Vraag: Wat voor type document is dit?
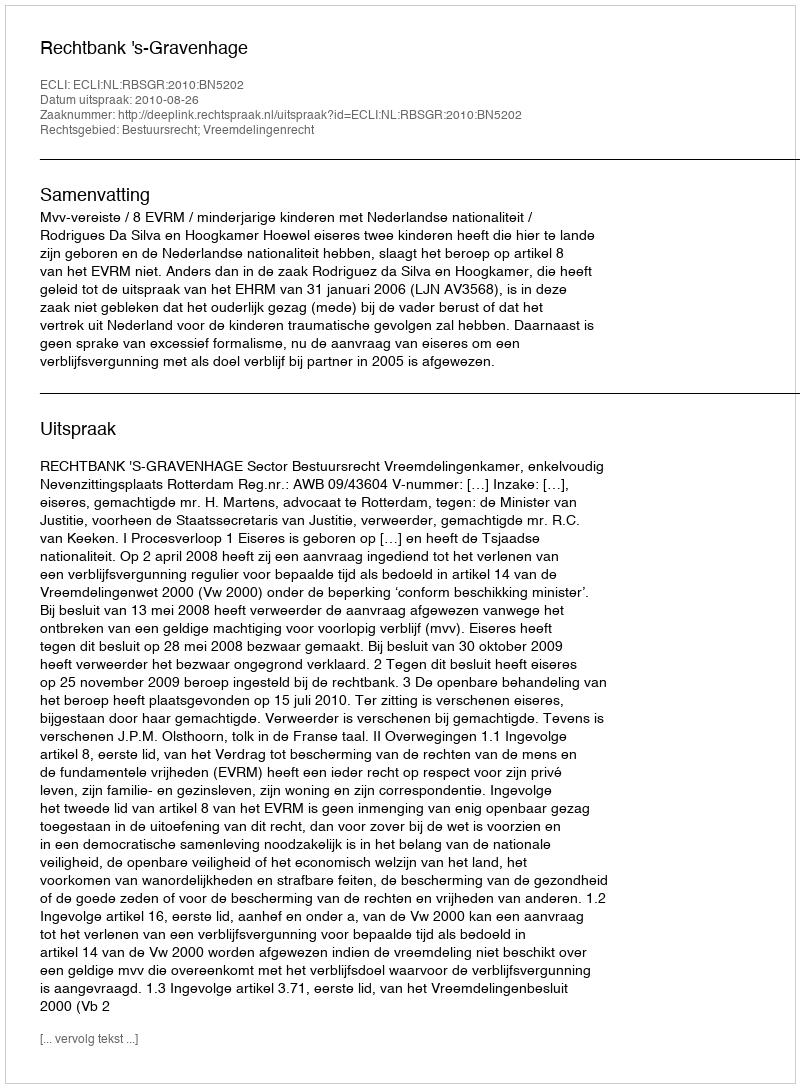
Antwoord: Uitspraak